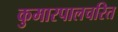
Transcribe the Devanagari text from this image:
कुमारपालचरित